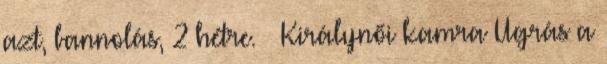
azt, bannolás, 2 hétre. » Királynői kamra Ugrás a